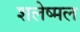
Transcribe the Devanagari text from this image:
शलेष्मल